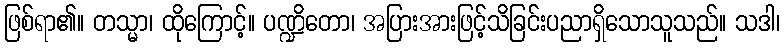
ဖြစ်ရာ၏။ တသ္မာ၊ ထိုကြောင့်။ ပဏ္ဍိတော၊ အပြားအားဖြင့်သိခြင်းပညာရှိသောသူသည်။ သဒါ၊